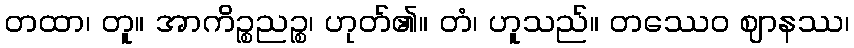
တထာ၊ တူ။ အာကိဉ္စညဉ္စ၊ ဟုတ်၏။ တံ၊ ဟူသည်။ တဿေဝ ဈာနဿ၊